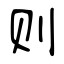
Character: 则